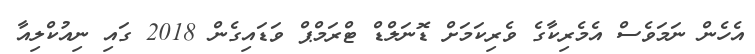
އެހެން ނަމަވެސް އެމެރިކާގެ ވެރިކަމަށް ޑޮނަލްޑް ޓްރަމްޕް ވަޑައިގެން 2018 ގައި ނިއުކްލިއާ